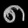
Digit: ၈